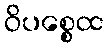
ဝိပစ္စေထ